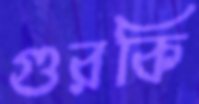
গুরকি